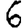
Digit: 6